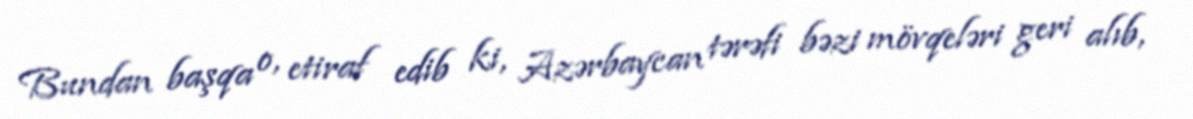
Bundan başqa o, etiraf edib ki, Azərbaycan tərəfi bəzi mövqeləri geri alıb,